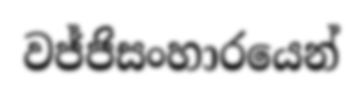
වජ්ජිසංහාරයෙන්